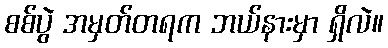
စစ်ပွဲ အမှတ်တရက ဘယ်နားမှာ ရှိလဲ။